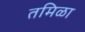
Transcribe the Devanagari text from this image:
तमिळा